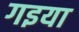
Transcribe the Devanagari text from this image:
गइया